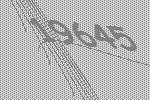
19645